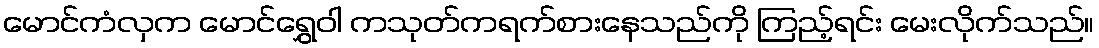
မောင်ကံလှက မောင်ရွှေဝါ ကသုတ်ကရက်စားနေသည်ကို ကြည့်ရင်း မေးလိုက်သည်။